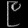
Digit: ၉